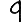
Digit: 9